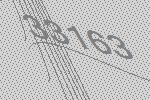
33163